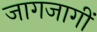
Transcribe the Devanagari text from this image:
जागजागीं